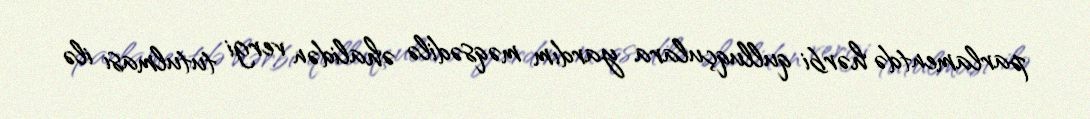
parlamentdə hərbi qulluqçulara yardım məqsədilə əhalidən vergi tutulması ilə